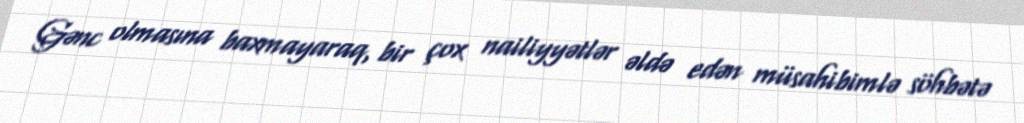
Gənc olmasına baxmayaraq, bir çox nailiyyətlər əldə edən müsahibimlə söhbətə